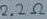
Text: 2.2Ω